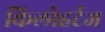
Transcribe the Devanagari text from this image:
किलोहर्टज